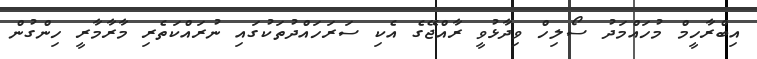
އިބްރާހީމް މުހައްމަދު ސޯލިހް ވިދާޅުވީ ރާއްޖޭގެ އެކި ސަރަހައްދުތަކުގައި ނުރައްކަތެރި މާރާމާރީ ހިންގުން